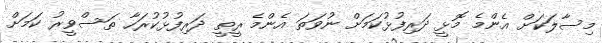
މިސާލަކަށް އެންމެ މޮޅީ ދަރިފުޅުކަމަށް ނުވަތަ އެންމެ ރީތީ ދަރިފުޅުކުރަހާ ތަސްވީރު ކަމަށް